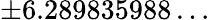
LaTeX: \pm 6.289835988\ldots